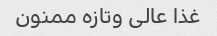
غذا عالی وتازه ممنون